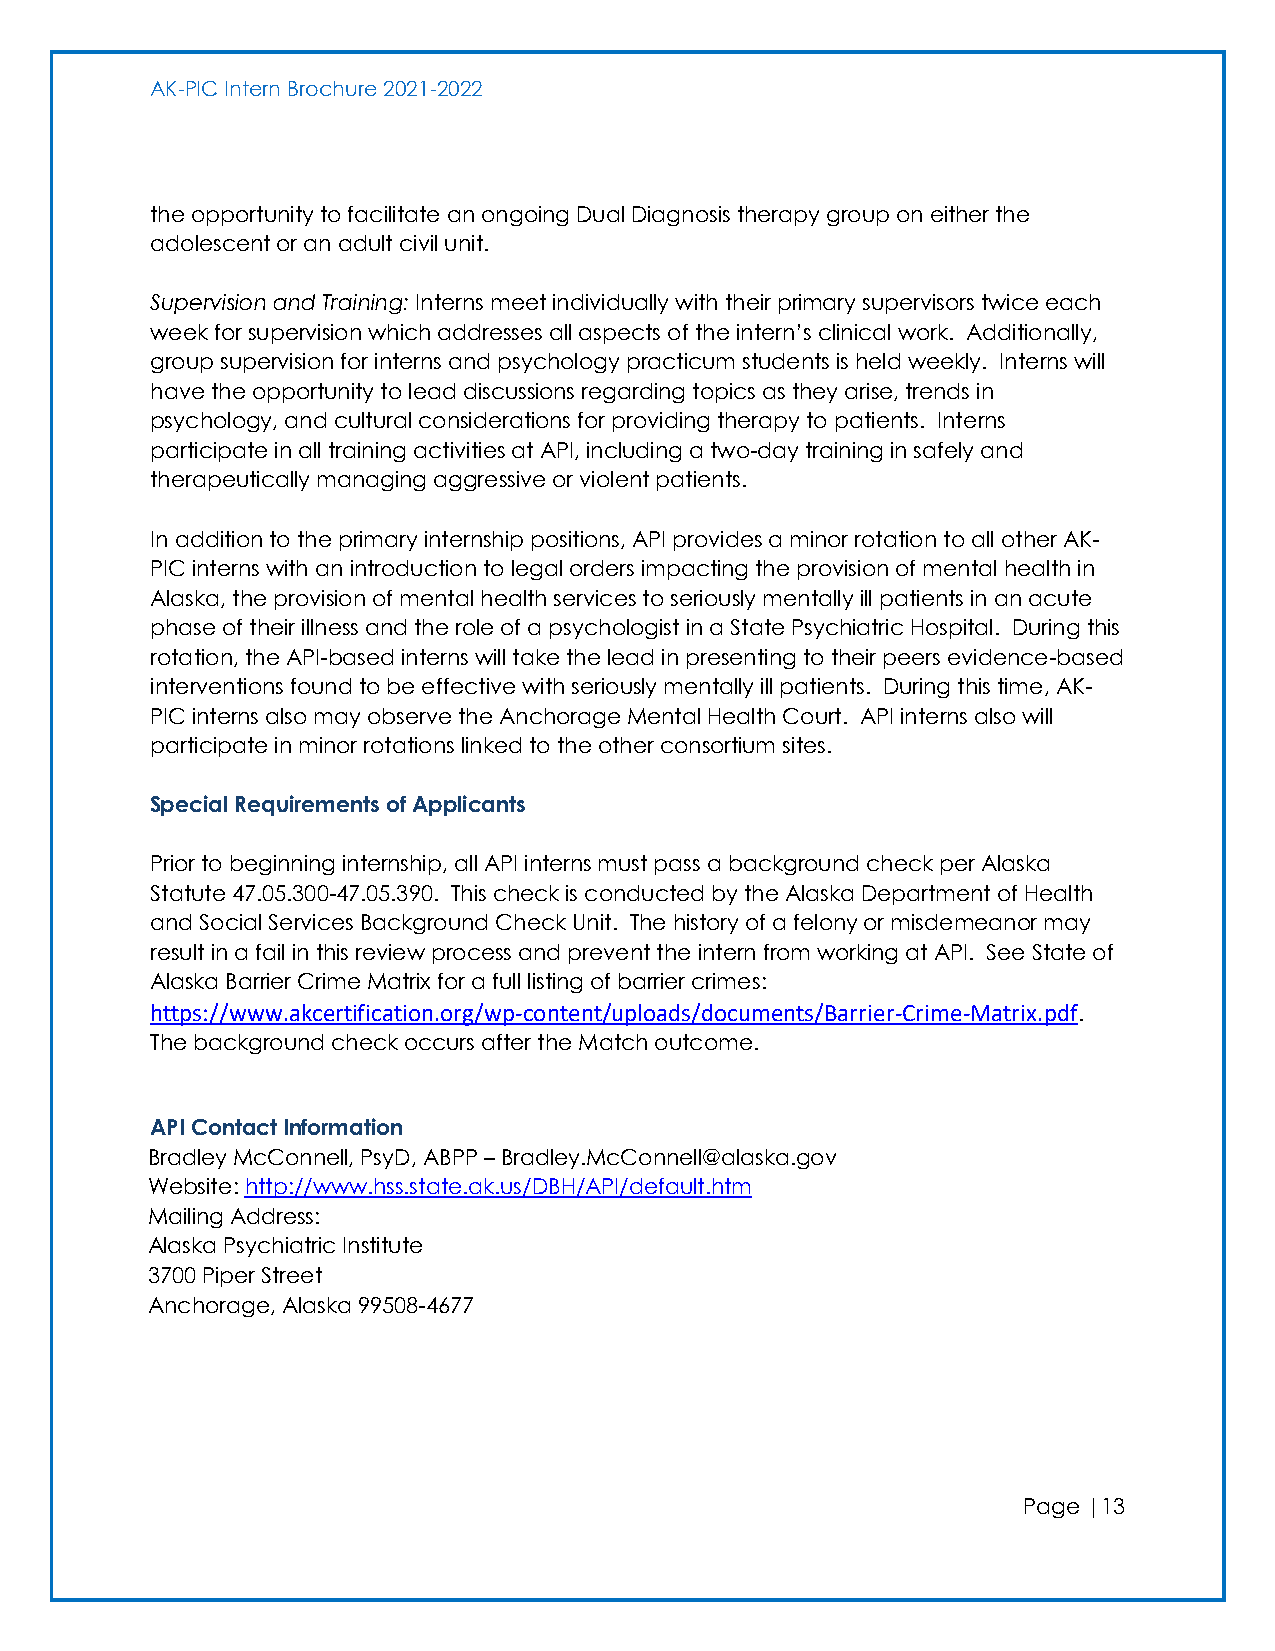
AK-PIC Intern Brochure 2021-2022
 the opportunity to facilitate an ongoing Dual Diagnosis therapy group on either the
 adolescent or an adult civil unit.
 Supervision and Training: Interns meet individually with their primary supervisors twice each
 week for supervision which addresses all aspects of the intern’s clinical work. Additionally,
 group supervision for interns and psychology practicum students is held weekly. Interns will
 have the opportunity to lead discussions regarding topics as they arise, trends in
 psychology, and cultural considerations for providing therapy to patients. Interns
 participate in all training activities at API, including a two-day training in safely and
 therapeutically managing aggressive or violent patients.
 In addition to the primary internship positions, API provides a minor rotation to all other AK-
 PIC interns with an introduction to legal orders impacting the provision of mental health in
 Alaska, the provision of mental health services to seriously mentally ill patients in an acute
 phase of their illness and the role of a psychologist in a State Psychiatric Hospital. During this
 rotation, the API-based interns will take the lead in presenting to their peers evidence-based
 interventions found to be effective with seriously mentally ill patients. During this time, AK-
 PIC interns also may observe the Anchorage Mental Health Court. API interns also will
 participate in minor rotations linked to the other consortium sites.
 Special Requirements of Applicants
 Prior to beginning internship, all API interns must pass a background check per Alaska
 Statute 47.05.300-47.05.390. This check is conducted by the Alaska Department of Health
 and Social Services Background Check Unit. The history of a felony or misdemeanor may
 result in a fail in this review process and prevent the intern from working at API. See State of
 Alaska Barrier Crime Matrix for a full listing of barrier crimes:
 https://www.akcertification.org/wp-content/uploads/documents/Barrier-Crime-Matrix.pdf.
 The background check occurs after the Match outcome.
 API Contact Information
 Bradley McConnell, PsyD, ABPP – Bradley.McConnell@alaska.gov
 Website: http://www.hss.state.ak.us/DBH/API/default.htm
 Mailing Address:
 Alaska Psychiatric Institute
 3700 Piper Street
 Anchorage, Alaska 99508-4677
 Page |13